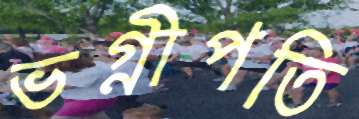
ভগ্নীপতি